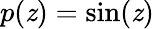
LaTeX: p(\mathit{z})=\sin(\mathit{z})